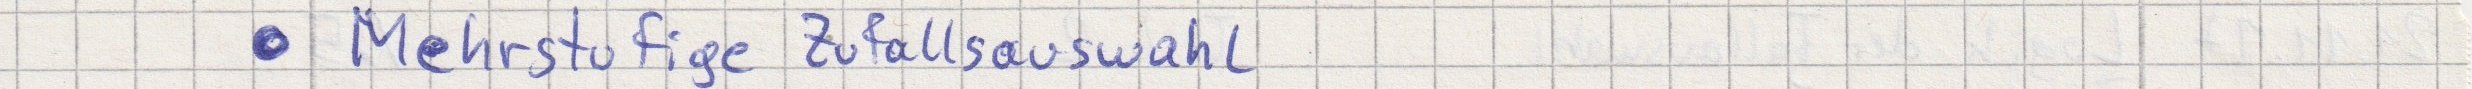
- Mehrstufige Zufallsauswahl